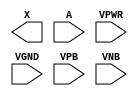
module sky130_fd_sc_hd__dlygate4sd3 (
    X   ,
    A   ,
    VPWR,
    VGND,
    VPB ,
    VNB
);

    output X   ;
    input  A   ;
    input  VPWR;
    input  VGND;
    input  VPB ;
    input  VNB ;
endmodule